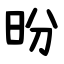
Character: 昐